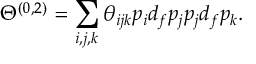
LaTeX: \Theta ^ { ( 0 , 2 ) } = \sum _ { i , j , k } \theta _ { i j k } p _ { i } d _ { f } p _ { j } p _ { j } d _ { f } p _ { k } .